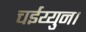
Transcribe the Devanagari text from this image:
चईय्युन।